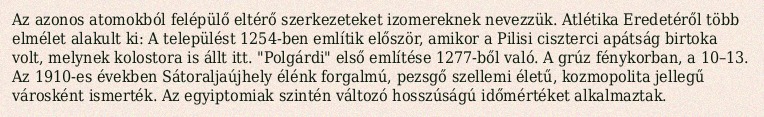
Az azonos atomokból felépülő eltérő szerkezeteket izomereknek nevezzük. Atlétika Eredetéről több elmélet alakult ki: A települést 1254-ben említik először, amikor a Pilisi ciszterci apátság birtoka volt, melynek kolostora is állt itt. "Polgárdi" első említése 1277-ből való. A grúz fénykorban, a 10–13. Az 1910-es években Sátoraljaújhely élénk forgalmú, pezsgő szellemi életű, kozmopolita jellegű városként ismerték. Az egyiptomiak szintén változó hosszúságú időmértéket alkalmaztak.